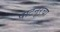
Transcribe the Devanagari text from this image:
पाटनूरचा